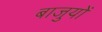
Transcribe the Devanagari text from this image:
बाजुयों